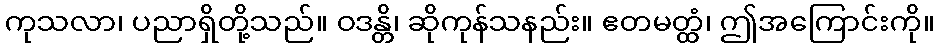
ကုသလာ၊ ပညာရှိတို့သည်။ ဝဒန္တိ၊ ဆိုကုန်သနည်း။ ဧတမတ္ထံ၊ ဤအကြောင်းကို။